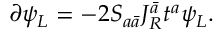
\partial \psi _ { L } = - 2 S _ { a \bar { a } } J _ { R } ^ { \bar { a } } t ^ { a } \psi _ { L } .